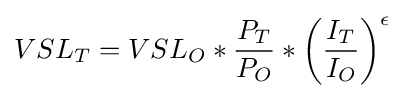
{VSL}_{T}={VSL}_{O}*{\frac {P_{T}}{P_{O}}}*\left({\frac {I_{T}}{I_{O}}}\right)^{\epsilon }